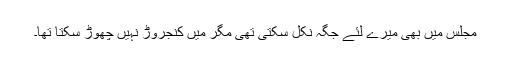
مجلس میں بھی میرے لئے جگہ نکل سکتی تھی مگر میں کنجروڑ نہیں چھوڑ سکتا تھا۔